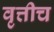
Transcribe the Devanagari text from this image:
वृत्तीच